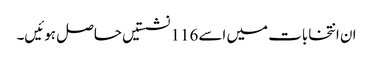
ان انتخابات میں اسے 116 نشستیں حاصل ہوئیں۔